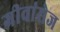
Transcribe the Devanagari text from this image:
ग्रीवांसेज